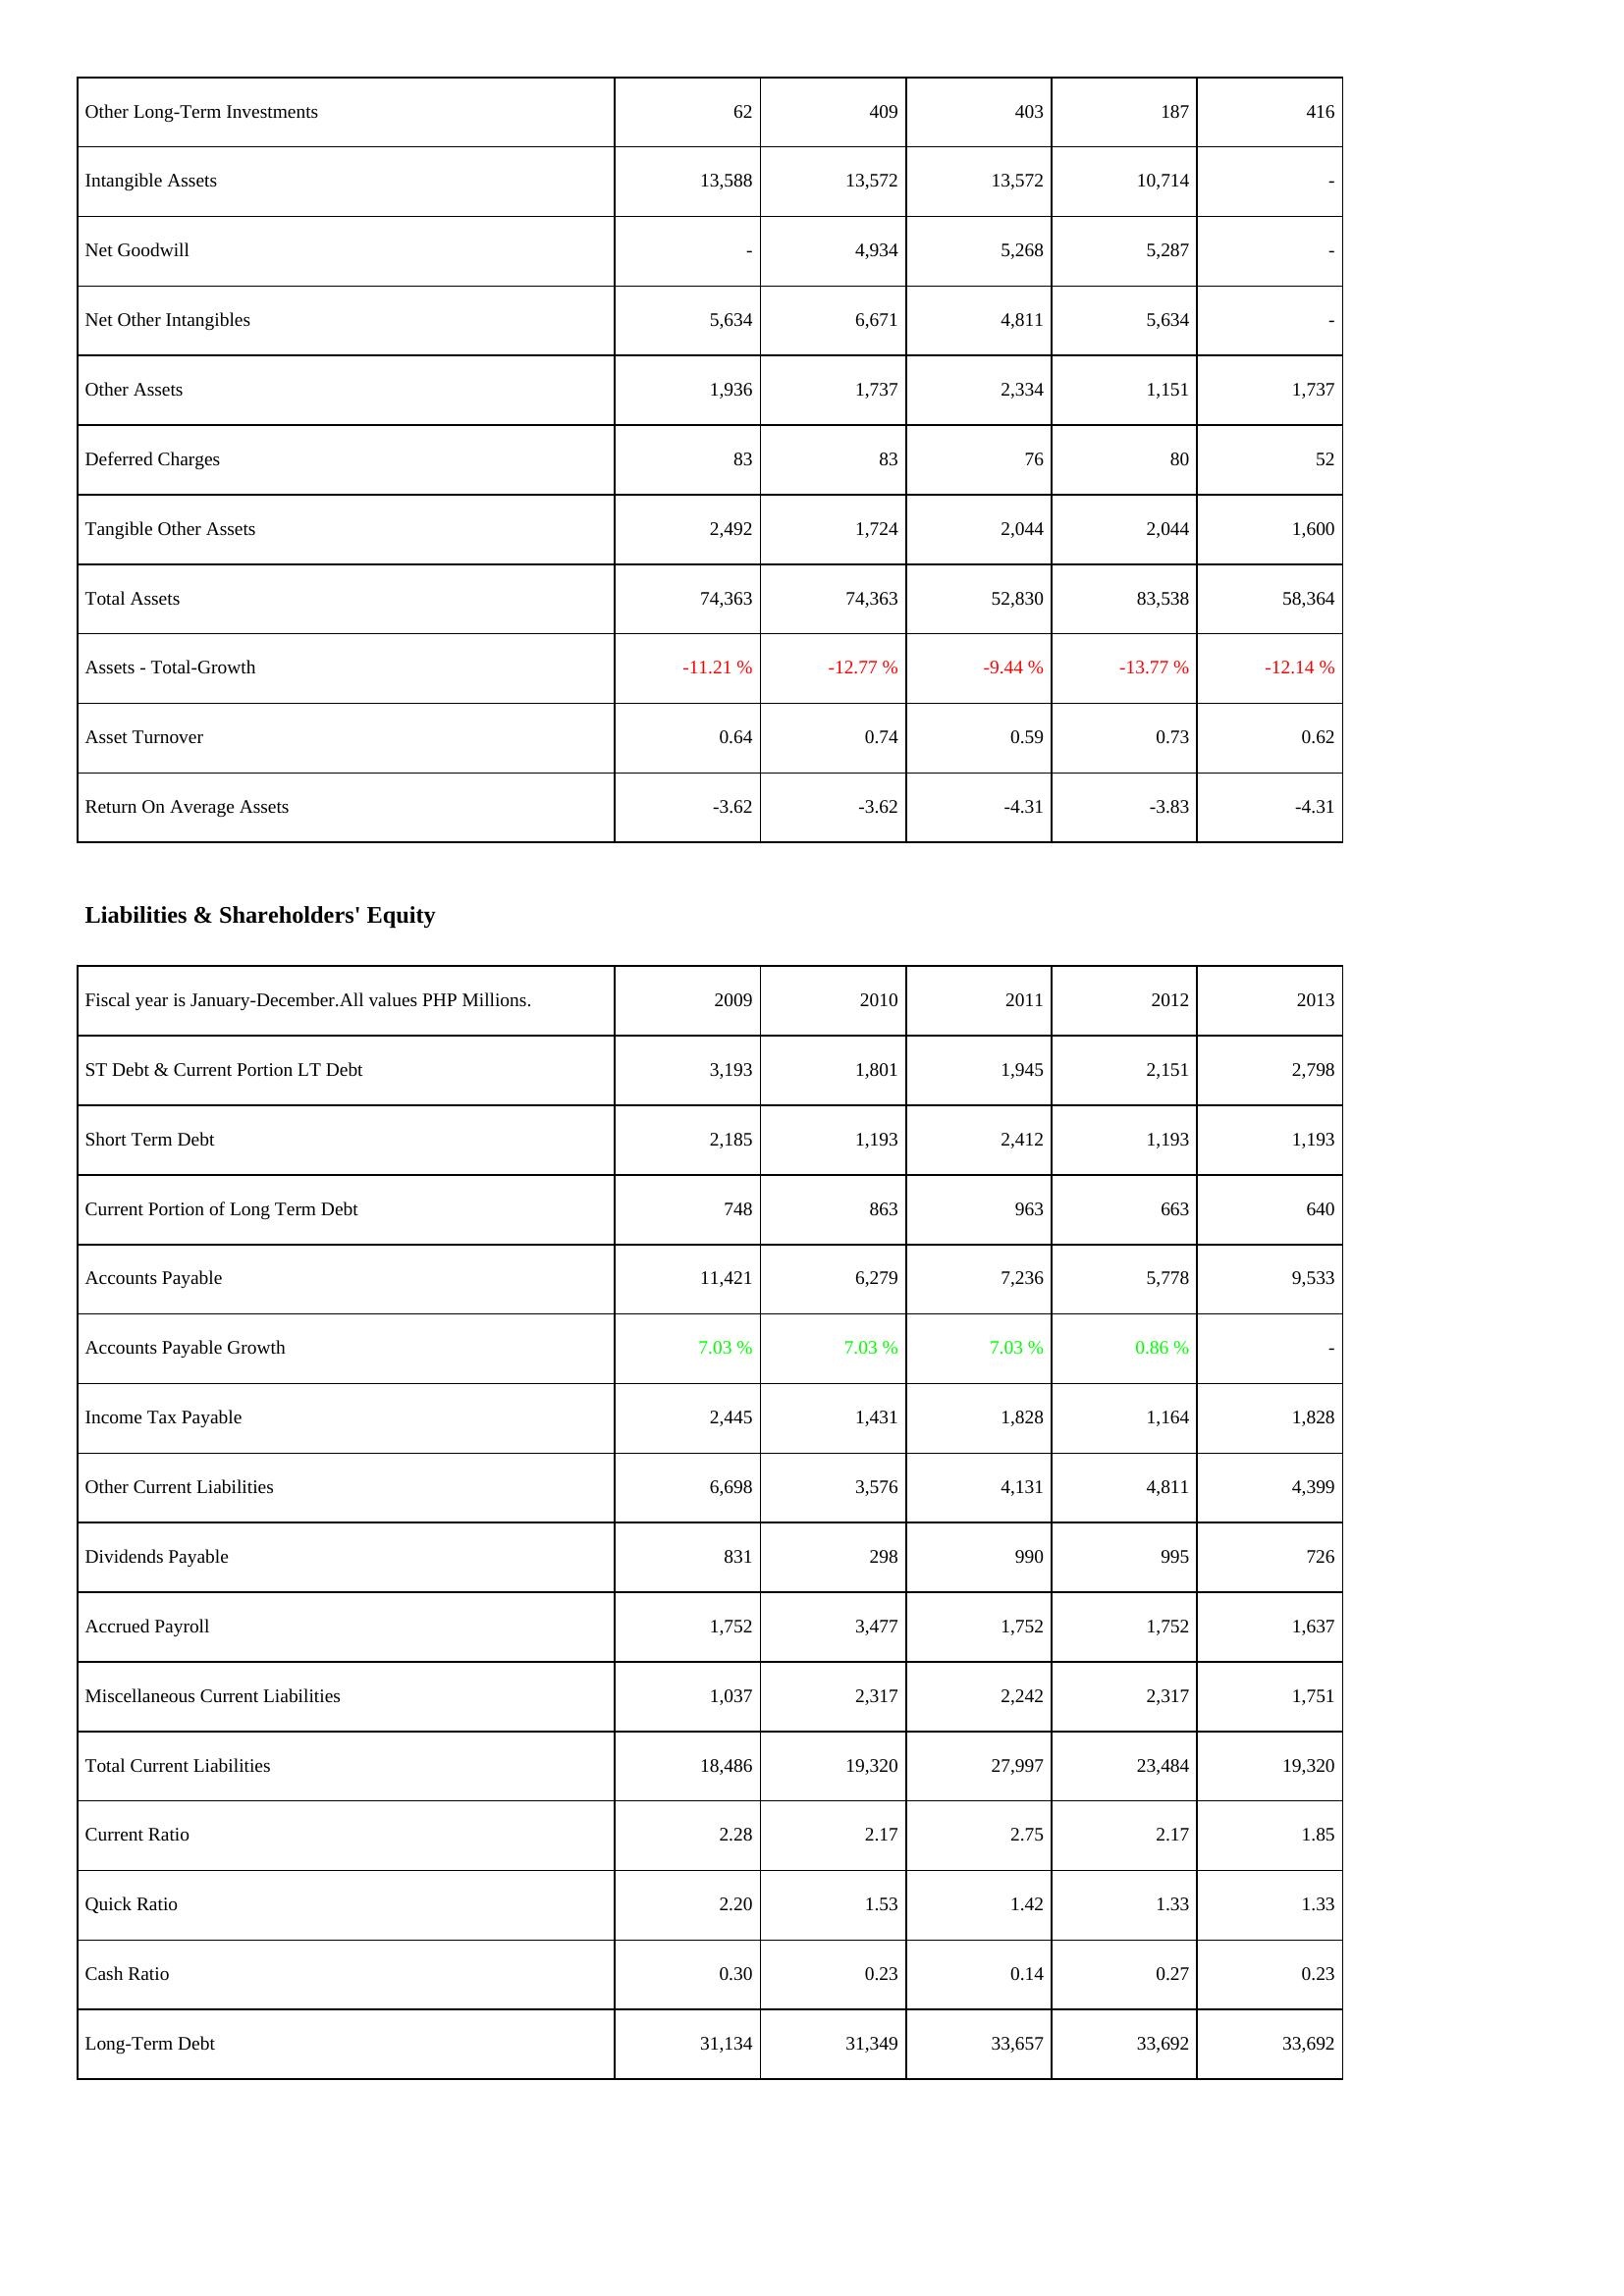
2009: Assets: Other Long-Term Investments: 62
Intangible Assets: 13,588
Net Goodwill: -
Net Other Intangibles: 5,634
Other Assets: 1,936
Deferred Charges: 83
Tangible Other Assets: 2,492
Total Assets: 74,363
Assets - Total-Growth: -11.21 %
Asset Turnover: 0.64
Return On Average Assets: -3.62
Liabilities & Shareholders' Equity: ST Debt & Current Portion LT Debt: 3,193
Short Term Debt: 2,185
Current Portion of Long Term Debt: 748
Accounts Payable: 11,421
Accounts Payable Growth: 7.03 %
Income Tax Payable: 2,445
Other Current Liabilities: 6,698
Dividends Payable: 831
Accrued Payroll: 1,752
Miscellaneous Current Liabilities: 1,037
Total Current Liabilities: 18,486
Current Ratio: 2.28
Quick Ratio: 2.20
Cash Ratio: 0.30
Long-Term Debt: 31,134
2010: Assets: Other Long-Term Investments: 409
Intangible Assets: 13,572
Net Goodwill: 4,934
Net Other Intangibles: 6,671
Other Assets: 1,737
Deferred Charges: 83
Tangible Other Assets: 1,724
Total Assets: 74,363
Assets - Total-Growth: -12.77 %
Asset Turnover: 0.74
Return On Average Assets: -3.62
Liabilities & Shareholders' Equity: ST Debt & Current Portion LT Debt: 1,801
Short Term Debt: 1,193
Current Portion of Long Term Debt: 863
Accounts Payable: 6,279
Accounts Payable Growth: 7.03 %
Income Tax Payable: 1,431
Other Current Liabilities: 3,576
Dividends Payable: 298
Accrued Payroll: 3,477
Miscellaneous Current Liabilities: 2,317
Total Current Liabilities: 19,320
Current Ratio: 2.17
Quick Ratio: 1.53
Cash Ratio: 0.23
Long-Term Debt: 31,349
2011: Assets: Other Long-Term Investments: 403
Intangible Assets: 13,572
Net Goodwill: 5,268
Net Other Intangibles: 4,811
Other Assets: 2,334
Deferred Charges: 76
Tangible Other Assets: 2,044
Total Assets: 52,830
Assets - Total-Growth: -9.44 %
Asset Turnover: 0.59
Return On Average Assets: -4.31
Liabilities & Shareholders' Equity: ST Debt & Current Portion LT Debt: 1,945
Short Term Debt: 2,412
Current Portion of Long Term Debt: 963
Accounts Payable: 7,236
Accounts Payable Growth: 7.03 %
Income Tax Payable: 1,828
Other Current Liabilities: 4,131
Dividends Payable: 990
Accrued Payroll: 1,752
Miscellaneous Current Liabilities: 2,242
Total Current Liabilities: 27,997
Current Ratio: 2.75
Quick Ratio: 1.42
Cash Ratio: 0.14
Long-Term Debt: 33,657
2012: Assets: Other Long-Term Investments: 187
Intangible Assets: 10,714
Net Goodwill: 5,287
Net Other Intangibles: 5,634
Other Assets: 1,151
Deferred Charges: 80
Tangible Other Assets: 2,044
Total Assets: 83,538
Assets - Total-Growth: -13.77 %
Asset Turnover: 0.73
Return On Average Assets: -3.83
Liabilities & Shareholders' Equity: ST Debt & Current Portion LT Debt: 2,151
Short Term Debt: 1,193
Current Portion of Long Term Debt: 663
Accounts Payable: 5,778
Accounts Payable Growth: 0.86 %
Income Tax Payable: 1,164
Other Current Liabilities: 4,811
Dividends Payable: 995
Accrued Payroll: 1,752
Miscellaneous Current Liabilities: 2,317
Total Current Liabilities: 23,484
Current Ratio: 2.17
Quick Ratio: 1.33
Cash Ratio: 0.27
Long-Term Debt: 33,692
2013: Assets: Other Long-Term Investments: 416
Intangible Assets: -
Net Goodwill: -
Net Other Intangibles: -
Other Assets: 1,737
Deferred Charges: 52
Tangible Other Assets: 1,600
Total Assets: 58,364
Assets - Total-Growth: -12.14 %
Asset Turnover: 0.62
Return On Average Assets: -4.31
Liabilities & Shareholders' Equity: ST Debt & Current Portion LT Debt: 2,798
Short Term Debt: 1,193
Current Portion of Long Term Debt: 640
Accounts Payable: 9,533
Accounts Payable Growth: -
Income Tax Payable: 1,828
Other Current Liabilities: 4,399
Dividends Payable: 726
Accrued Payroll: 1,637
Miscellaneous Current Liabilities: 1,751
Total Current Liabilities: 19,320
Current Ratio: 1.85
Quick Ratio: 1.33
Cash Ratio: 0.23
Long-Term Debt: 33,692